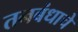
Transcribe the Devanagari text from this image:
तनबंधाचे